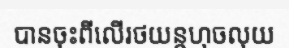
បានចុះពីលើរថយន្តហុចលុយ